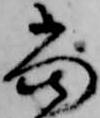
当